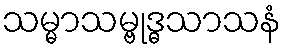
သမ္မာသမ္ဗုဒ္ဓသာသနံ